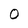
Character: 0